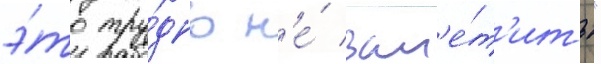
э́то тру́дно н'е́ зам'е́т'ить"